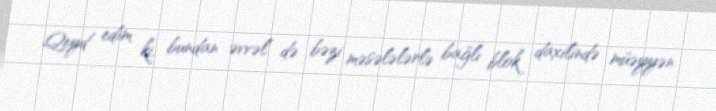
Qeyd edim ki, bundan əvvəl də bəzi məsələlərlə bağlı blok daxilində müəyyən